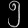
Digit: ၅